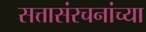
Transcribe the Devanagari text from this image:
सत्तासंरचनांच्या